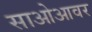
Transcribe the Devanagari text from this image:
साओआवर